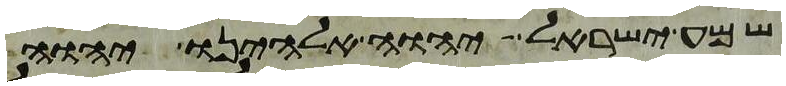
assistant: שמע ישראל יהוה אלהינו יהוה